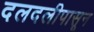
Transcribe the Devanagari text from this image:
दलदलीपासून